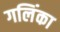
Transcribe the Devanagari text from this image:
गलिंका